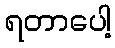
ရတာပေါ့